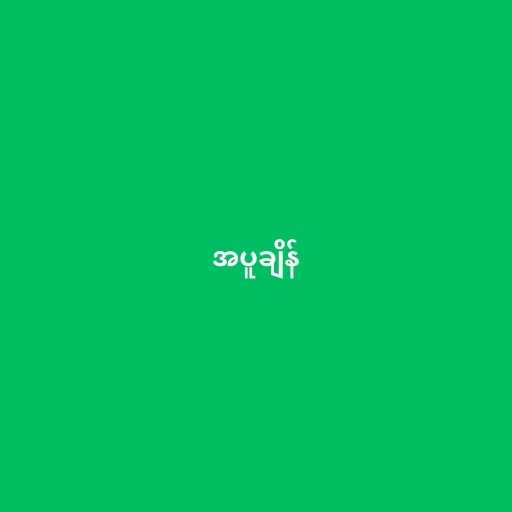
အပူချိန်